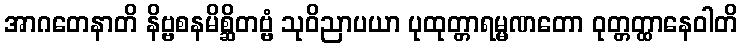
အာဂတေနာတိ နိဗ္ဗစနမိစ္ဆိတဗ္ဗံ သုဝိညာပယာ ပုထုတ္တာရမ္မဏတော ဝုတ္တတ္ထာနေဝါတိ